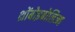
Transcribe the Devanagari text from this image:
थ्रोंबोइबोलिज्म